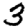
Digit: 3